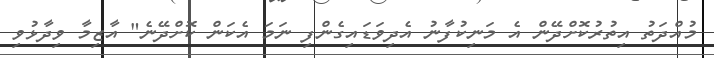
މުއްދަތު އިތުރުކޮށްދޭން އެ މަނިކުފާނު އެދިވަޑައިގެންފި ނަމަ އެކަން ކޮށްދޭނެ" އާޒިމާ ވިދާޅުވި